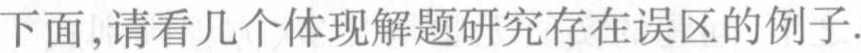
下面,请看几个体现解题研究存在误区的例子.